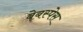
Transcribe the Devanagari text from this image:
वेबस्पेस